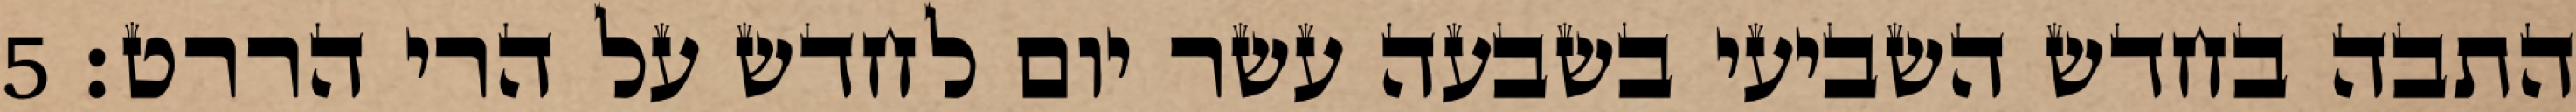
התבה בחדש השביעי בשבעה עשר יום לחדש על הרי הררט׃ ‎5‏